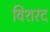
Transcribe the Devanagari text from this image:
विशरद